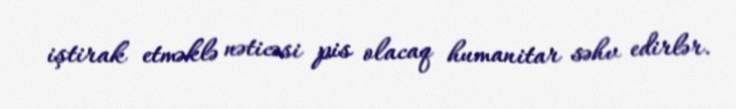
iştirak etməklə nəticəsi pis olacaq humanitar səhv edirlər.